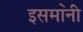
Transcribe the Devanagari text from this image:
इसमा॓नी